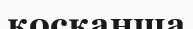
қосқанша